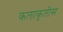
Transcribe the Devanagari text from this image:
कलाकृतीस